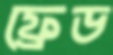
ফ্রেড